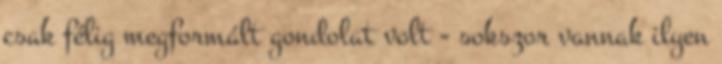
csak félig megformált gondolat volt - sokszor vannak ilyen